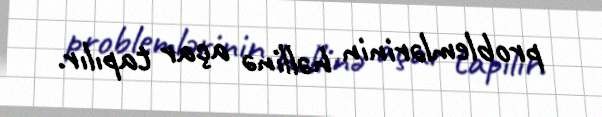
problemlərinin həllinə açar tapılır.